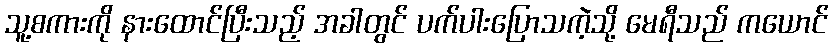
သူ့စကားကို နားထောင်ပြီးသည့် အခါတွင် ပက်ပါးပြောသကဲ့သို့ မေရီသည် ကယောင်